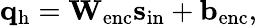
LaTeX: \mathbf{q}_{\mathrm{h}}=\mathbf{W}_{\mathrm{enc}}\mathbf{s}_{\mathrm{in}}+\mathbf{b}_{\mathrm{enc}},